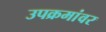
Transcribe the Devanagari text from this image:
उपक्रमांवर